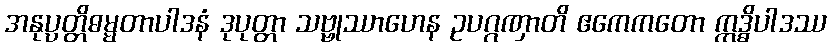
အနုပ္ပတ္တိဓမ္မတာပါဒနံ ဒုပုတ္တာ သဗ္ဗုဿာဟေန ဥပဂ္ဂဏှာတိ ဧကေကတော ဣဒ္ဓိပါဒဿ